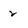
Character: 2